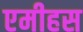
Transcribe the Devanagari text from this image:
एमीहस